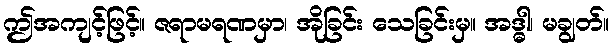
ဤအကျင့်ဖြင့်။ ဇရာမရဏမှာ၊ အိုခြင်း သေခြင်းမှ။ အဒ္ဓါ၊ မချွတ်။